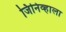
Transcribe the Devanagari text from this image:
जिनिव्हाला